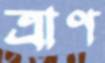
ত্রাণ